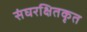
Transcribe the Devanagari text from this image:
संघरक्षितकृत